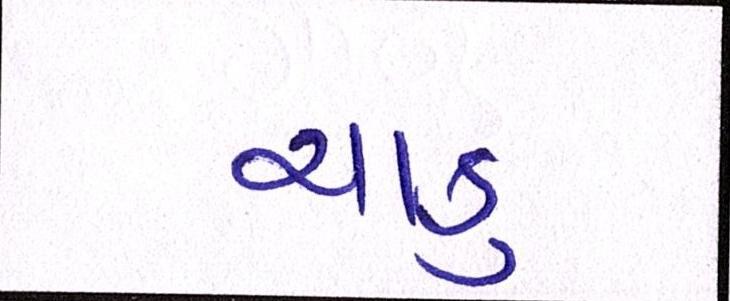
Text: ચાકુ